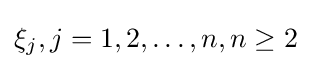
\xi _{j},j=1,2,\ldots ,n,n\geq 2